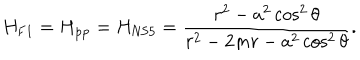
H _ { \mathrm { F 1 } } = H _ { \mathrm { p p } } = H _ { \mathrm { N S 5 } } = { \frac { r ^ { 2 } - a ^ { 2 } \cos ^ { 2 } \theta } { r ^ { 2 } - 2 m r - a ^ { 2 } \cos ^ { 2 } \theta } } .